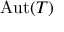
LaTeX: \mathrm { A u t } ( T )